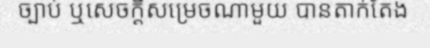
ច្បាប់ ឬសេចក្តីសម្រេចណាមួយ បានតាក់តែង